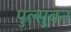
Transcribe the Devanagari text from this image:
पुल्सुवन